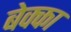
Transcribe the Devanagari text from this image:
बेक्का